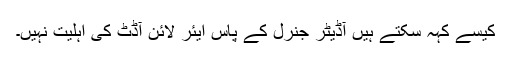
کیسے کہہ سکتے ہیں آڈیٹر جنرل کے پاس ایئر لائن آڈٹ کی اہلیت نہیں۔